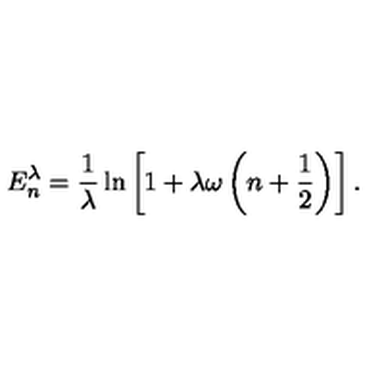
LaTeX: E _ { n } ^ { \lambda } = { \frac { 1 } { \lambda } } \ln \left[ 1 + \lambda \omega \left( n + { \frac { 1 } { 2 } } \right) \right] .